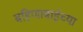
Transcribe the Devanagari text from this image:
बहिणाबाईच्‍या